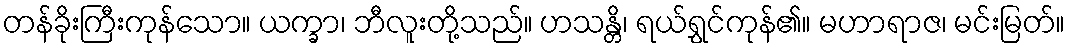
တန်ခိုးကြီးကုန်သော။ ယက္ခာ၊ ဘီလူးတို့သည်။ ဟသန္တိ၊ ရယ်ရွှင်ကုန်၏။ မဟာရာဇ၊ မင်းမြတ်။